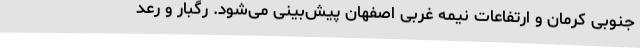
جنوبی کرمان و ارتفاعات نیمه غربی اصفهان پیش‌بینی می‌شود. رگبار و رعد